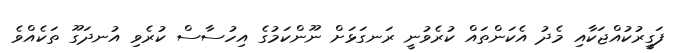
ފަގީރުކުއްޖަކާއި މެދު އެކަންތައް ކުރެވުނީ ރަނގަޅަށް ނޫންކަމުގެ އިހުސާސް ކުރެވި އުނދަގޫ ތަކެއްވެ